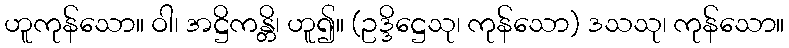
ဟူကုန်သော။ ဝါ၊ အဋ္ဌိကန္တိ၊ ဟူ၍။ (ဥဒ္ဒိဋ္ဌေသု၊ ကုန်သော) ဒသသု၊ ကုန်သော။